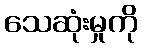
သေဆုံးမှုကို